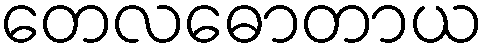
တေလဓောတာယ